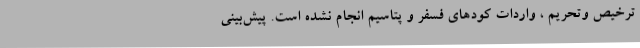
ترخیص وتحریم ، واردات کودهای فسفر و پتاسیم انجام نشده است. پیش‌بینی